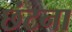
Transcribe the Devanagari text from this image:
छंटना